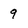
Character: q